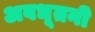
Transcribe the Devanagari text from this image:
अवधूतनी